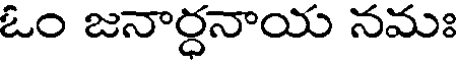
ఓం జనార్ధనాయ నమః